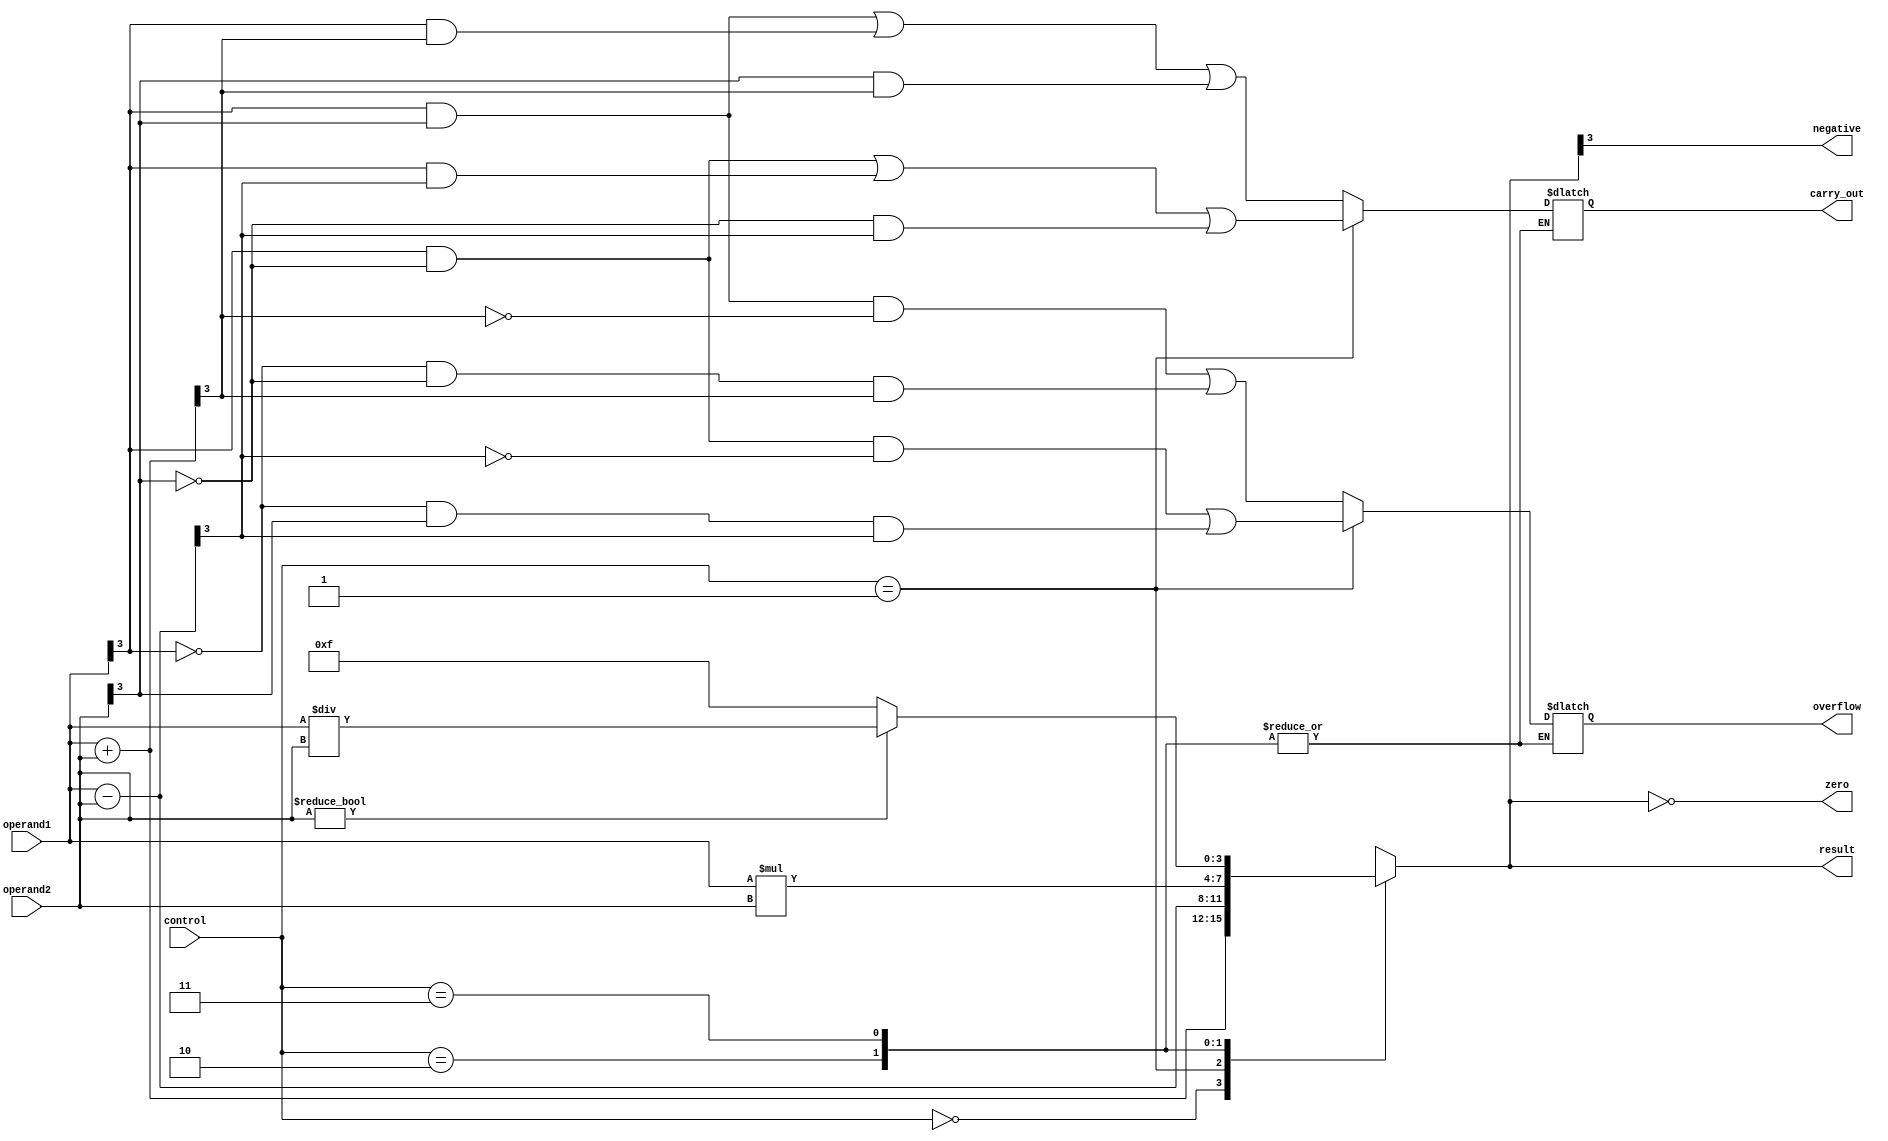
module ALU(
    input [3:0] operand1,
    input [3:0] operand2,
    input [1:0] control,
    output reg [3:0] result,
    output reg carry_out,
    output reg overflow,
    output reg zero,
    output reg negative
);

always @(*) begin
    case(control)
        2'b00: begin // Addition
            result = operand1 + operand2;
            carry_out = (operand1[3] & operand2[3]) | (operand1[3] & result[3]) | (operand2[3] & result[3]);
            overflow = (operand1[3] & operand2[3] & ~result[3]) | (~operand1[3] & ~operand2[3] & result[3]);
        end
        2'b01: begin // Subtraction
            result = operand1 - operand2;
            carry_out = (operand1[3] & ~operand2[3]) | (operand1[3] & result[3]) | (~operand2[3] & result[3]);
            overflow = (operand1[3] & ~operand2[3] & ~result[3]) | (~operand1[3] & operand2[3] & result[3]);
        end
        2'b10: begin // Multiplication
            result = operand1 * operand2;
            // Handle carry out and overflow for multiplication separately if needed
        end
        2'b11: begin // Division
            if(operand2 != 4'b0000) begin
                result = operand1 / operand2;
            end else begin
                result = 4'b1111; // Set result to all 1's when division by 0
            end
            // Handle flags for division if needed
        end
    endcase
    zero = (result == 4'b0000);
    negative = result[3];
end

endmodule